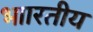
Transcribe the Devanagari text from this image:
भाारतीय